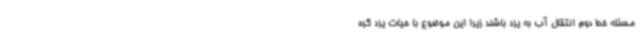
مسئله خط دوم انتقال آب به یزد باشند زیرا این موضوع با حیات یزد گره